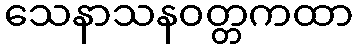
သေနာသနဝတ္တကထာ